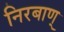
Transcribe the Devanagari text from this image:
निरबाण्